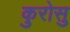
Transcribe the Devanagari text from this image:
कुरोसु